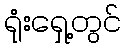
ရုံးရှေ့တွင်